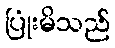
ပြုံးမိသည်